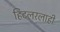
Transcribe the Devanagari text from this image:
हिटलरलाही